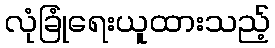
လုံခြုံရေးယူထားသည့်